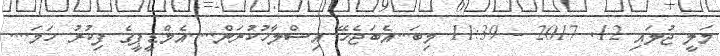
މަލީ ޖުލައި 12